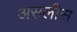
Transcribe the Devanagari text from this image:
असलीस